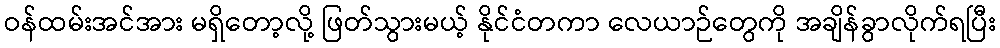
ဝန်ထမ်းအင်အား မရှိတော့လို့ ဖြတ်သွားမယ့် နိုင်ငံတကာ လေယာဉ်တွေကို အချိန်ခွာလိုက်ရပြီး